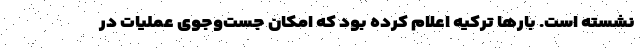
نشسته است. بارها ترکیه اعلام کرده بود که امکان جست‌وجوی عملیات در